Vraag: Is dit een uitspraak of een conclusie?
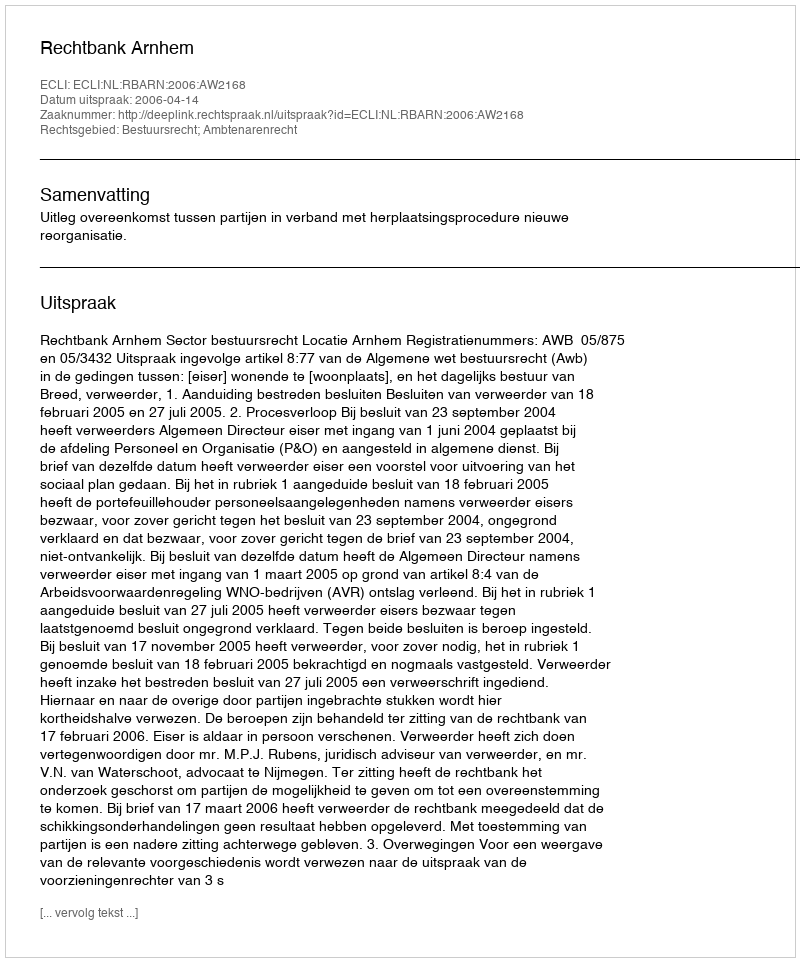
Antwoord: Uitspraak